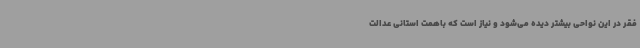
فقر در این نواحی بیشتر دیده می‌شود و نیاز است که باهمت استانی عدالت